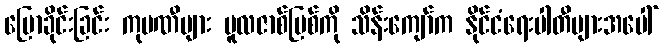
ပြောခိုင်းခြင်း ကုမဏီများ မူလဇာစ်မြစ်ကို သိန်းကျော်က နိုင်ငံရေးပါတီများအပေါ်